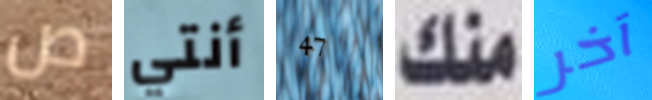
ص أنتي 47 منك آخر